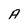
Character: A